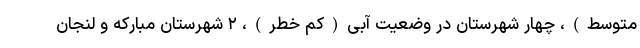
متوسط)، چهار شهرستان در وضعیت آبی(کم خطر)، ۲ شهرستان مبارکه و لنجان